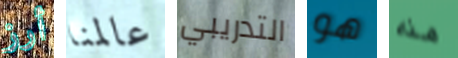
أرز عالمنا التدريبي هو هذه